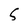
Character: 5